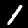
Digit: 1